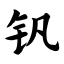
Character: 钒